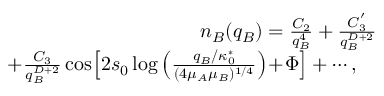
\begin{array} { r l r } & { } & { n _ { B } ( q _ { B } ) = \frac { C _ { 2 } } { q _ { B } ^ { 4 } } + \frac { C _ { 3 } ^ { ' } } { q _ { B } ^ { D + 2 } } } \\ & { } & { + \frac { C _ { 3 } } { q _ { B } ^ { D + 2 } } \cos \! \left[ 2 s _ { 0 } \log \left( \frac { q _ { B } / \kappa _ { 0 } ^ { * } } { ( 4 \mu _ { A } \mu _ { B } ) ^ { 1 / 4 } } \right) \! + \! \Phi \right] + \cdots , \ \ \ } \end{array}